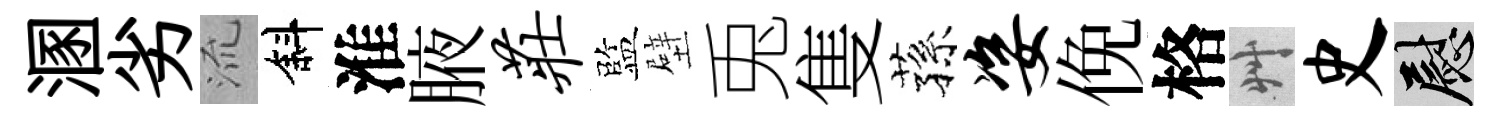
溷劣𣴑斜淮腋庄監壁兎隻蓀姿俛格艸史慰